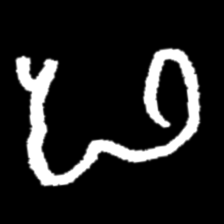
Pyu character \u2014 Myanmar letter: ဖ (romanized: pha)